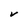
Character: V